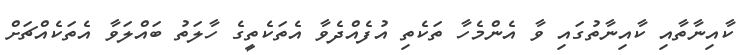
ކާއިނާތާއި ކާއިނާތުގައި ވާ އެންމެހާ ތަކެތި އުފެއްދެވާ އެތަކެތީގެ ހާލަތު ބައްލަވާ އެތަކެއްޗަށް